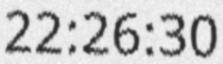
22:26:30